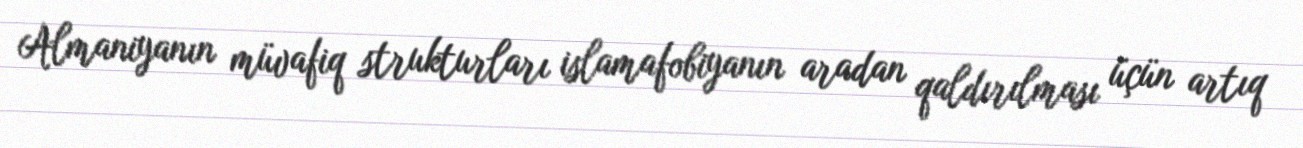
Almaniyanın müvafiq strukturları islamafobiyanın aradan qaldırılması üçün artıq